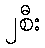
၂စီး